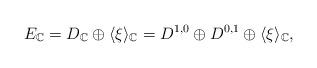
LaTeX: \begin{align*}E_{\mathbb{C}}=D_{\mathbb{C}}\oplus\langle \xi\rangle_{\mathbb{C}}=D^{1,0}\oplus D^{0,1}\oplus\langle \xi\rangle_{\mathbb{C}},\end{align*}